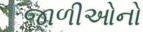
જાળીઓનો